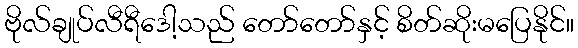
ဗိုလ်ချုပ်လီရီဒေါ့သည် တော်တော်နှင့် စိတ်ဆိုးမပြေနိုင်။